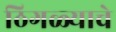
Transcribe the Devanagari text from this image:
ठिगळ्याचे